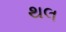
થલ